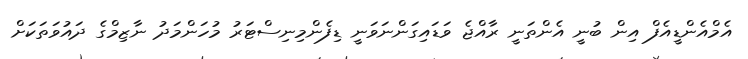
އެމްއެންޑީއެފް އިން ބުނީ އެންތަނީ ރާއްޖެ ވަޑައިގަންނަވަނީ ޑިފެންމިނިސްޓަރު މުހަންމަދު ނާޒިމްގެ ދައުވަތަކަށް